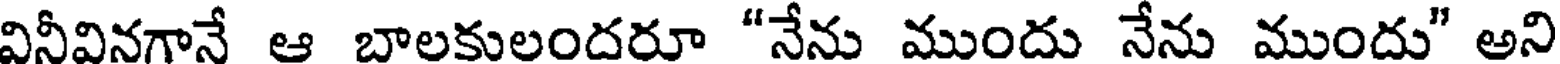
వినీవినగానే ఆ బాలకులందరూ "నేను ముందు నేను ముందు" అని